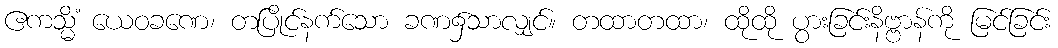
ဧကသ္မိံ ယေဝခဏေ၊ တပြိုင်နက်သော ခဏ၌သာလျှင်။ တထာတထာ၊ ထိုထို ပွားခြင်းနိဗ္ဗာန်ကို မြင်ခြင်း